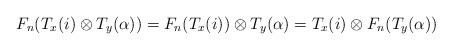
LaTeX: \begin{align*}F_n(T_x(i)\otimes T_y(\alpha))=F_n(T_x(i))\otimes T_y(\alpha)=T_x(i)\otimes F_n(T_y(\alpha))\end{align*}